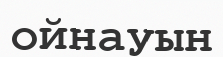
ойнауын